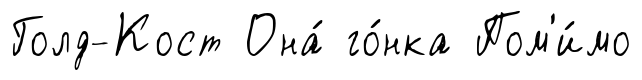
Голд-Кост Она́ го́нка Пом'и́мо